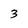
Character: 3